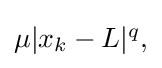
{\textstyle \mu |x_{k}-L|^{q},}